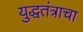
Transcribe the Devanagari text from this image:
युद्धतंत्राचा